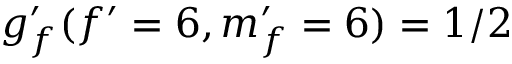
g _ { f } ^ { \prime } ( f ^ { \prime } = 6 , m _ { f } ^ { \prime } = 6 ) = 1 / 2